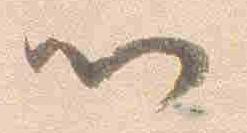
以